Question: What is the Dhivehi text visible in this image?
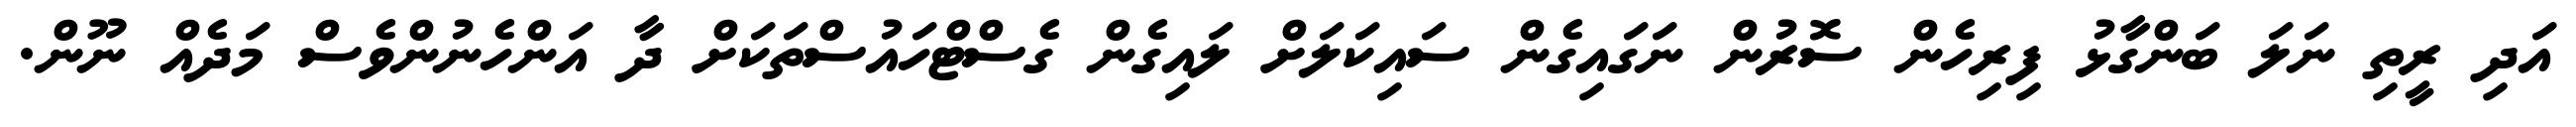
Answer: އަދި ރީތި ނަލަ ބަންގާޅު ފިރިހެން ސޮރުން ނަގައިގެން ސައިކަލަށް ލައިގެން ގެސްޓްހައުސްތަކަށް ދާ އަންހެނުންވެސް މަދެއް ނޫން.